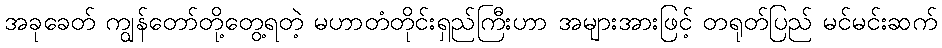
အခုခေတ် ကျွန်တော်တို့တွေ့ရတဲ့ မဟာတံတိုင်းရှည်ကြီးဟာ အများအားဖြင့် တရုတ်ပြည် မင်မင်းဆက်